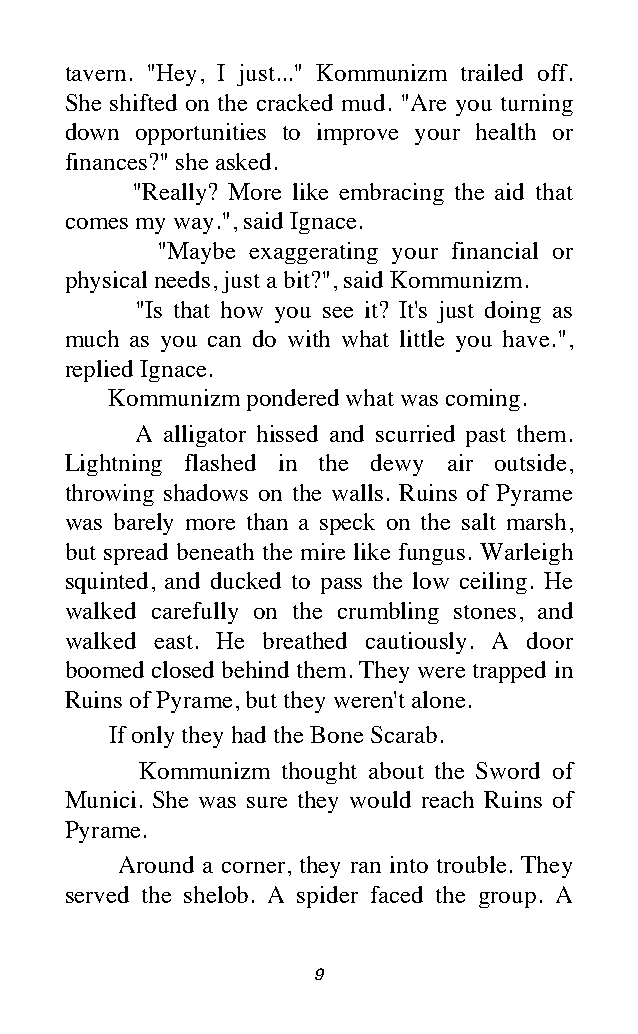
tavern. "Hey, I just..." Kommunizm trailed off.
 She shifted on the cracked mud. "Are you turning
 down opportunities to improve your health or
 finances?" she asked.
 "Really? More like embracing the aid that
 comes my way.", said Ignace.
 "Maybe exaggerating your financial or
 physical needs, just a bit?", said Kommunizm.
 "Is that how you see it? It's just doing as
 much as you can do with what little you have.",
 replied Ignace.
 Kommunizm pondered what was coming.
 A alligator hissed and scurried past them.
 Lightning flashed in the dewy air outside,
 throwing shadows on the walls. Ruins of Pyrame
 was barely more than a speck on the salt marsh,
 but spread beneath the mire like fungus. Warleigh
 squinted, and ducked to pass the low ceiling. He
 walked carefully on the crumbling stones, and
 walked east. He breathed cautiously. A door
 boomed closed behind them. They were trapped in
 Ruins of Pyrame, but they weren't alone.
 If only they had the Bone Scarab.
 Kommunizm thought about the Sword of
 Munici. She was sure they would reach Ruins of
 Pyrame.
 Around a corner, they ran into trouble. They
 served the shelob. A spider faced the group. A
 9